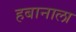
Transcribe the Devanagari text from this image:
हबानाला